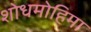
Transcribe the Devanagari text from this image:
शोधमोहिमा